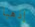
إذهبا